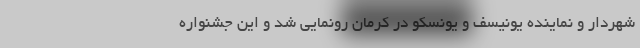
شهردار و نماینده یونیسف و یونسکو در کرمان رونمایی شد و این جشنواره